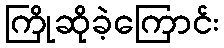
ကြိုဆိုခဲ့ကြောင်း